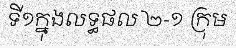
ទី១ក្នុងលទ្ធផល ២-១ ក្រុម